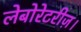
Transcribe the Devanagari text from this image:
लेबोरेटरीज़।